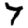
Digit: 7